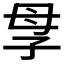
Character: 𡥘